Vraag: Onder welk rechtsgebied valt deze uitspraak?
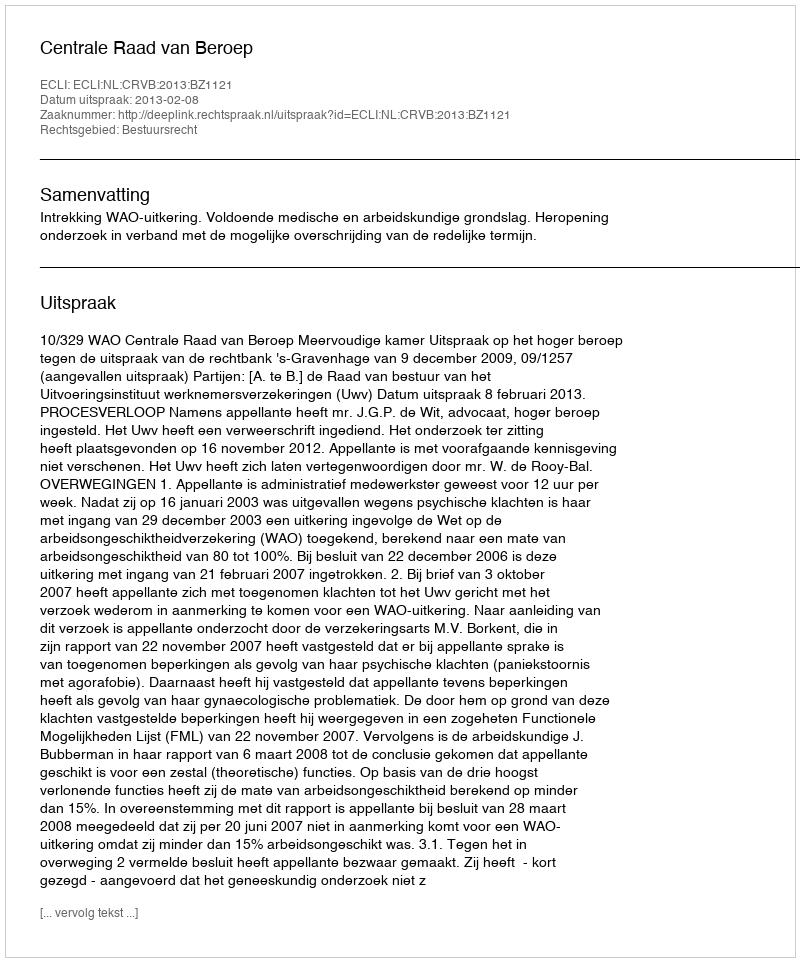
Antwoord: Bestuursrecht